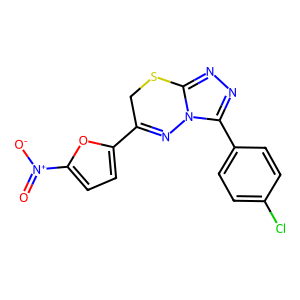
SMILES: O=[N+]([O-])c1ccc(C2=Nn3c(nnc3-c3ccc(Cl)cc3)SC2)o1
Inhibits HIV replication: No